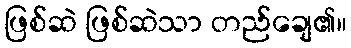
ဖြစ်ဆဲ ဖြစ်ဆဲသာ တည်ချေ၏။